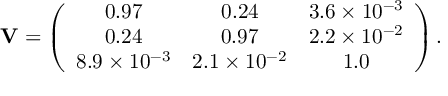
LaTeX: { \bf V } = \left( \begin{array} { c c c } { { 0 . 9 7 } } & { { 0 . 2 4 } } & { { 3 . 6 \times 1 0 ^ { - 3 } } } \\ { { 0 . 2 4 } } & { { 0 . 9 7 } } & { { 2 . 2 \times 1 0 ^ { - 2 } } } \\ { { 8 . 9 \times 1 0 ^ { - 3 } } } & { { 2 . 1 \times 1 0 ^ { - 2 } } } & { { 1 . 0 } } \end{array} \right) .